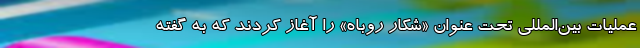
عملیات بین‌المللی تحت عنوان «شکار روباه» را آغاز کردند که به گفته